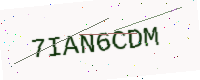
Text: 7IAN6CDM